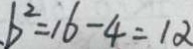
b ^ { 2 } = 1 6 - 4 = 1 2